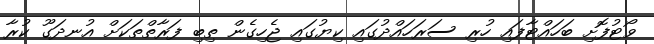
ވޯޓުފޮށި ބަހައްޓާފައި ހުރި ސަރަހައްދުގައި ކިޔުގައި ޖެހިގެން ތިބި ފަރާތްތަކަށް އުނދަގޫ ކުރާ